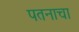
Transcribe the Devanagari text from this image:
पतनाचा